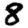
Digit: 8